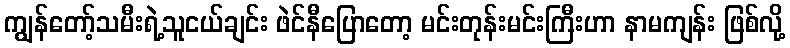
ကျွန်တော့်သမီးရဲ့သူငယ်ချင်း ဖဲင်နီပြောတော့ မင်းတုန်းမင်းကြီးဟာ နာမကျန်း ဖြစ်လို့